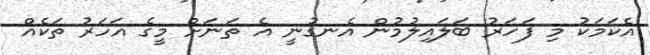
އެކަމަކު މި ފަހަރު ބަލައިލުމުން އެނގުނީ އެ ތަނަށް މީގެ އަހަރު ތަކެއް